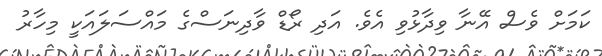
ކަމަށް ވެސް އޭނާ ވިދާޅުވި އެވެ. އަދި ރޯޑް ވާދިނަސްގެ މައްސަލައަކީ މިހާރު